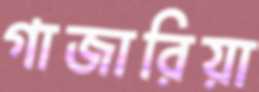
গাজারিয়া